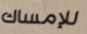
للإمساك